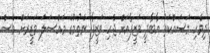
ދިވެހި މަސައްކަތު އާބާދީ ވަޒީފާއަށް ޖެހި ވަޒީފާ ނެތުމުގެ މައްސަލަ ވަޒީރަށް ވެސް